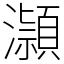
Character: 𪷿